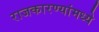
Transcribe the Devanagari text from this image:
राजकारण्यांमध्ये